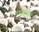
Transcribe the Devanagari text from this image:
एंजेल्सने